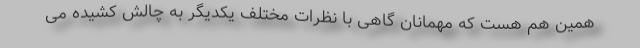
همین هم هست که مهمانان گاهی با نظرات مختلف یکدیگر به چالش کشیده می